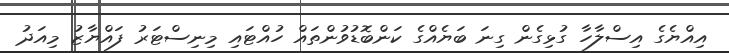
އިއްޔެގެ އިސްލާހާ ގުޅިގެން ގިނަ ބަޔެއްގެ ކަންބޮޑުވުންތައް ހުއްޓައި މިނިސްޓަރު ފައްޔާޒު މިއަދު